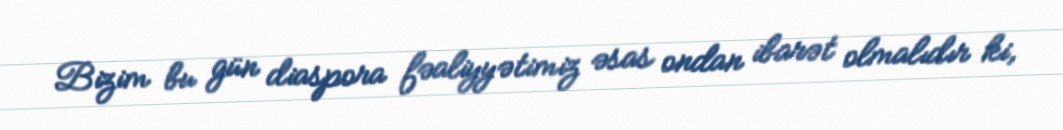
Bizim bu gün diaspora fəaliyyətimiz əsas ondan ibarət olmalıdır ki,